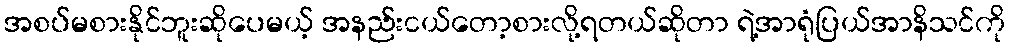
အစပ်မစားနိုင်ဘူးဆိုပေမယ့် အနည်းငယ်တော့စားလို့ရတယ်ဆိုတာ ရဲ့အာရုံပြယ်အာနိသင်ကို